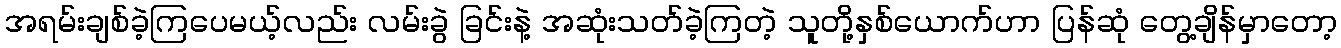
အရမ်းချစ်ခဲ့ကြပေမယ့်လည်း လမ်းခွဲ ခြင်းနဲ့ အဆုံးသတ်ခဲ့ကြတဲ့ သူတို့နှစ်ယောက်ဟာ ပြန်ဆုံ တွေ့ချိန်မှာတော့